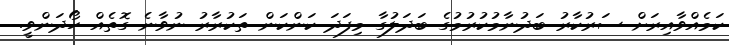
ކަމެއްވާއިރަށް ސަރުކާރު ބަދުނާމުކުރުމުގެ ބަދަލުގާ މިފަދަ ކަންކަން ތަކުރާރު ނުވާނެ ގޮތެއް ހޯދަންވީ.